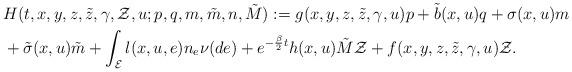
LaTeX: \begin{align*}\begin{aligned}&H(t,x,y,z,\tilde{z},\gamma,\mathcal{Z},u;p,q,m,\tilde{m},n,\tilde{M}):=g(x,y,z,\tilde{z},\gamma,u)p+\tilde{b}(x,u)q+\sigma(x,u)m\\&+\tilde{\sigma}(x,u)\tilde{m}+\int_{\mathcal{E}}l(x,u,e)n_{e}\nu(de)+e^{-\frac{\beta}{2}t}h(x,u)\tilde{M}\mathcal{Z}+f(x,y,z,\tilde{z},\gamma,u)\mathcal{Z}.\end{aligned}\end{align*}